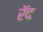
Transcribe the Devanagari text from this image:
रॅद